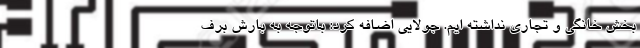
بخش خانگی و تجاری نداشته ایم. جولایی اضافه کرد: باتوجه به بارش برف